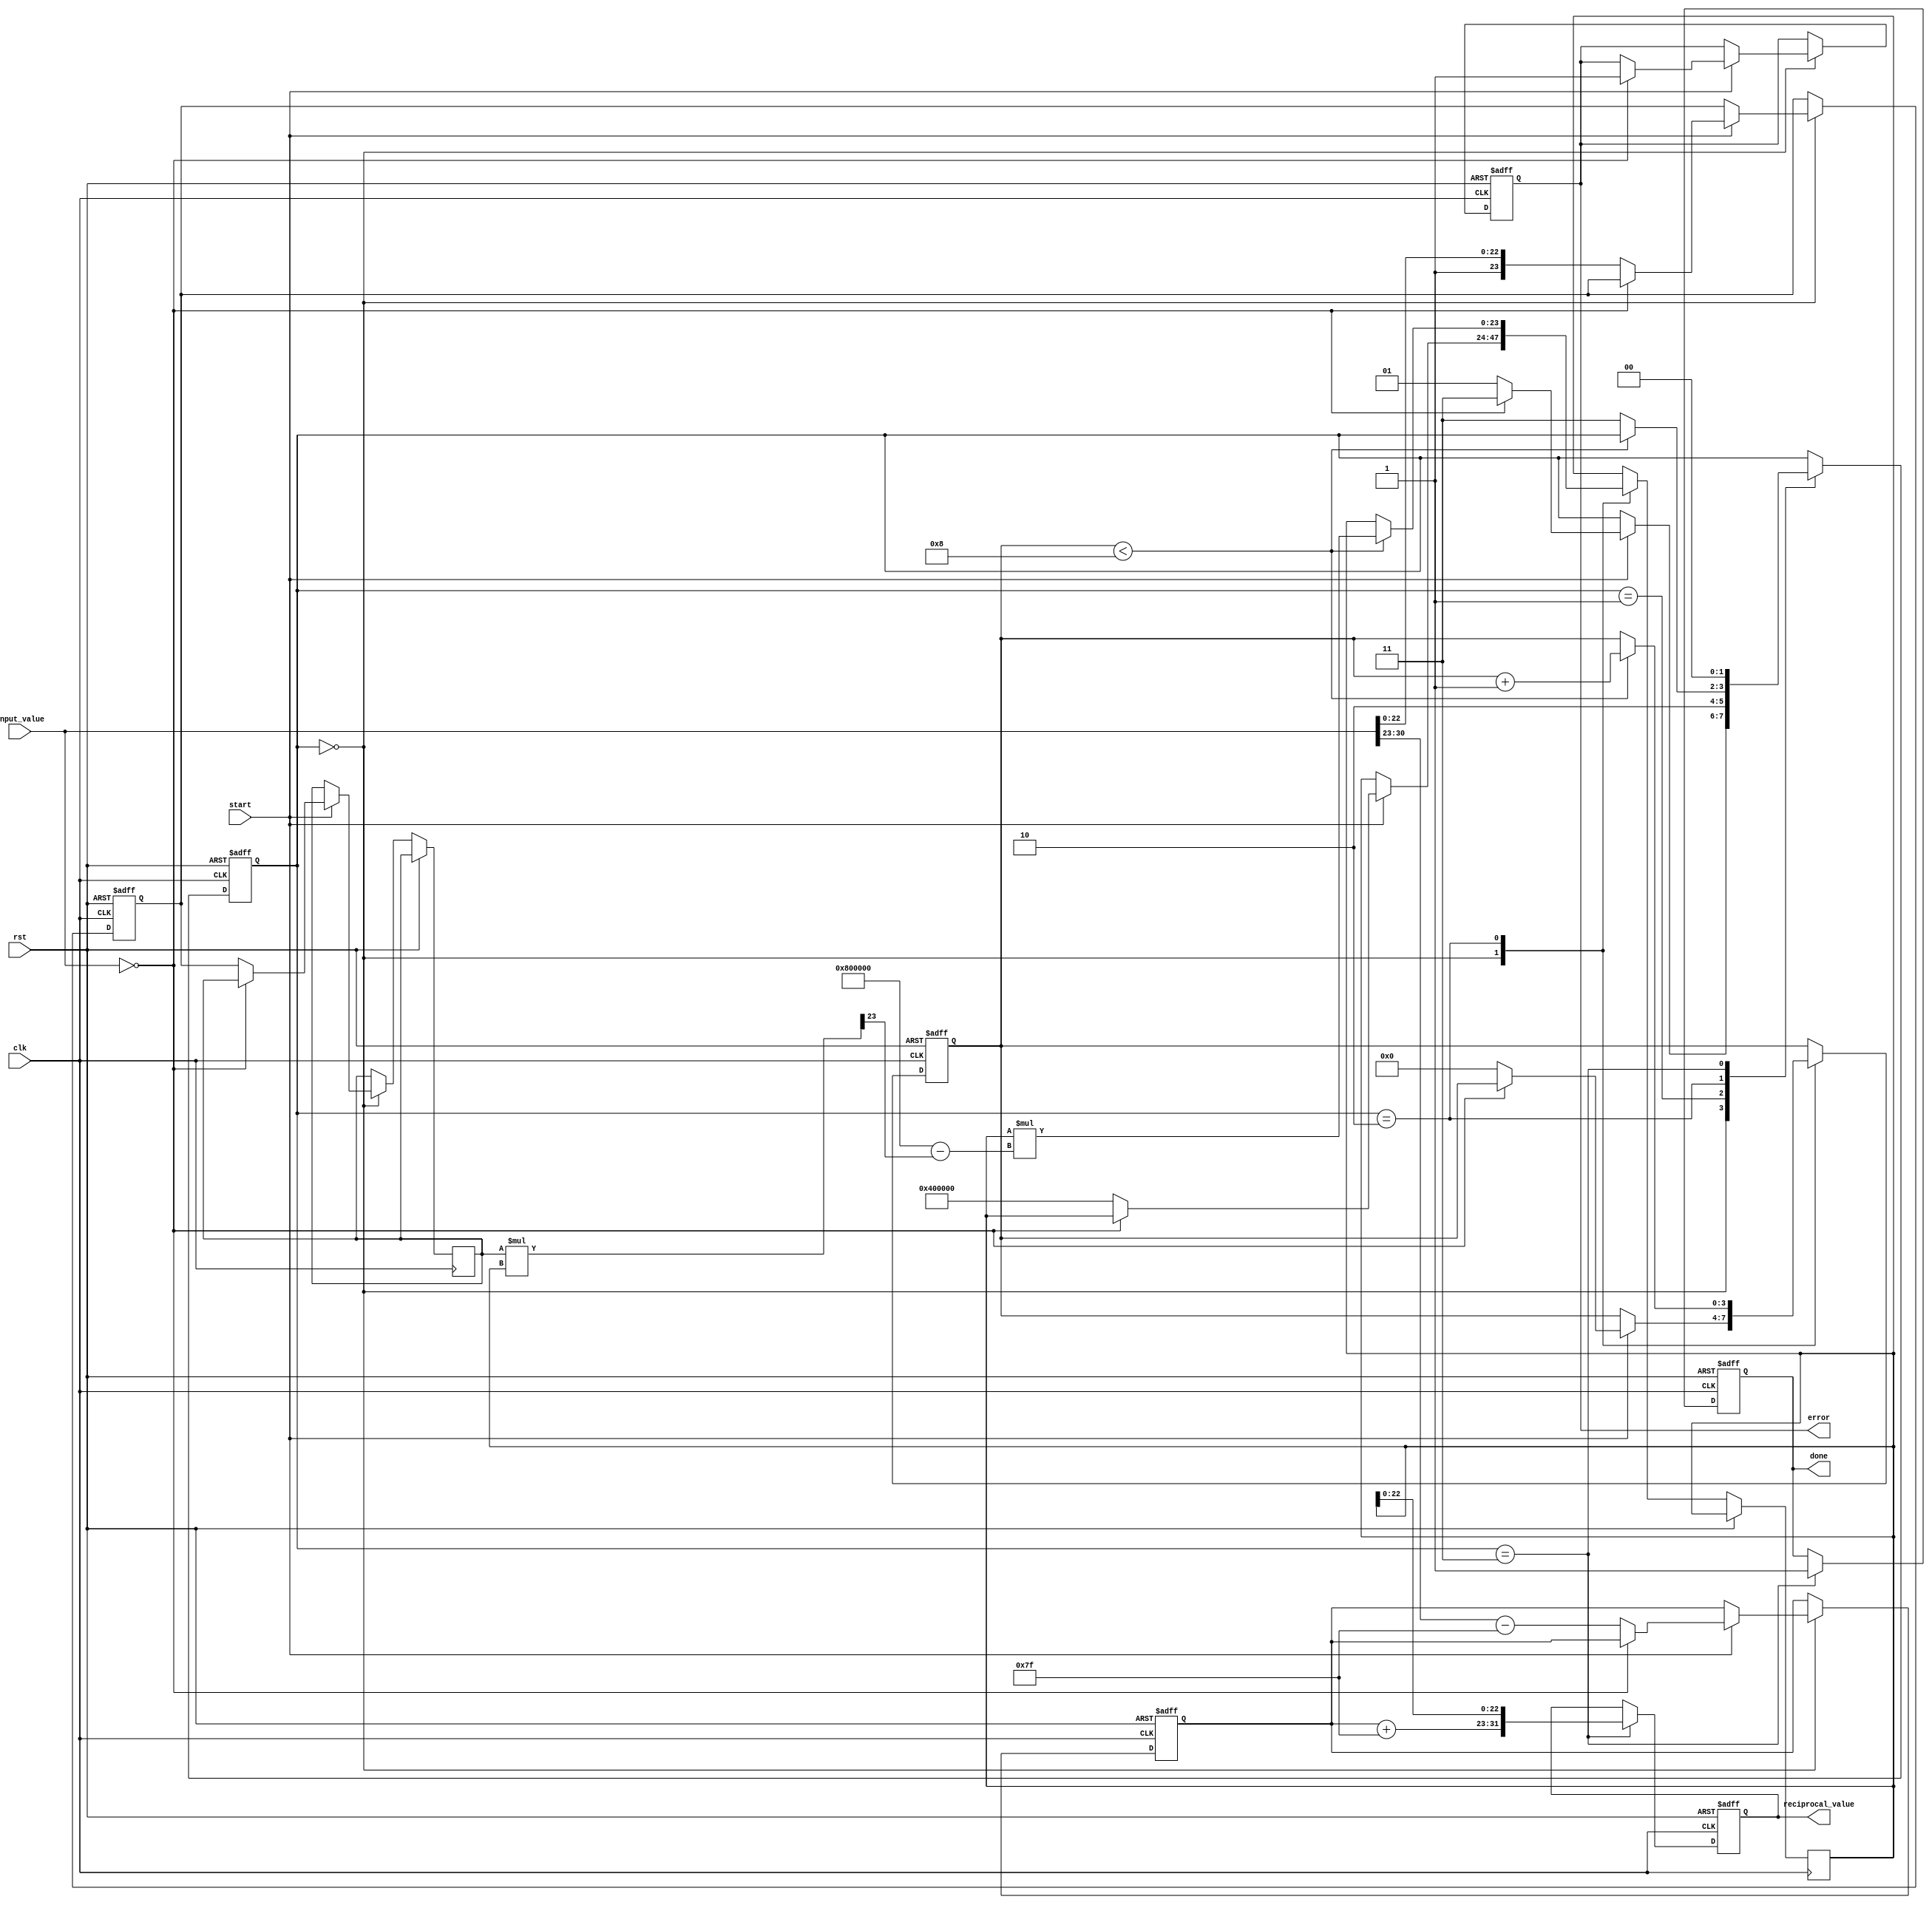
module floating_point_reciprocal (
    input  wire          clk,
    input  wire          rst,
    input  wire          start,
    input  wire [31:0]   input_value, // Single precision input (IEEE 754)
    output reg [31:0]    reciprocal_value, // Single precision output (IEEE 754)
    output reg           done,
    output reg           error
);
    // State definitions
    localparam IDLE = 2'b00,
               INIT = 2'b01,
               ITERATE = 2'b10,
               DONE = 2'b11;

    reg [1:0] state, next_state;
    reg [23:0] mantissa;
    reg [7:0] exponent;
    reg sign;
    reg [23:0] r_n; // Current approximation
    reg [23:0] x;    // Input mantissa

    reg [3:0] iteration_count;

    // Extract sign, exponent, and mantissa
    always @(posedge clk or posedge rst) begin
        if (rst) begin
            mantissa <= 24'b0;
            exponent <= 8'b0;
            sign <= 1'b0;
            reciprocal_value <= 32'b0;
            done <= 1'b0;
            error <= 1'b0;
            state <= IDLE;
            iteration_count <= 4'b0;
        end else begin
            case (state)
                IDLE: begin
                    if (start) begin
                        if (input_value == 32'b0) begin
                            error <= 1'b1; // Set error for zero input
                            state <= DONE;
                        end else begin
                            mantissa <= {1'b1, input_value[22:0]};   // Normalized mantissa
                            exponent <= input_value[30:23] - 127;   // Adjust exponent
                            sign <= 1'b0; // Reciprocal sign is always positive
                            x <= mantissa; // Current value for Newton-Raphson
                            // Initial approximation: 1.0
                            r_n <= 24'h400000; // 1.0 in mantissa only (1.0 is 1.0*2^0)
                            iteration_count <= 4'b0;
                            state <= INIT;
                        end
                    end
                end
                
                INIT: begin
                    // Prepare for iteration
                    state <= ITERATE;
                end
                
                ITERATE: begin
                    if (iteration_count < 4'b1000) begin // limit to 16 iterations
                        // Newton-Raphson iteration: r_n = r_n * (2 - x * r_n)
                        // Need to calculate (x * r_n) and then (2 - result)
                        // Here we can simply use fixed-point arithmetic for simplification
                        r_n <= r_n * (24'h800000 - (x * r_n >> 23)); // Multiply and adjust
                        iteration_count <= iteration_count + 1;
                    end else begin
                        state <= DONE; // Transition to DONE after iterations
                    end
                end
                
                DONE: begin
                    reciprocal_value <= {sign, exponent + 127, r_n[22:0]}; // Pack output
                    done <= 1'b1; // Set done signal
                    state <= IDLE; // Go back to IDLE
                end

                default: state <= IDLE;
            endcase
        end
    end
endmodule